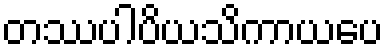
တဿပါပိယသိကာယပေ